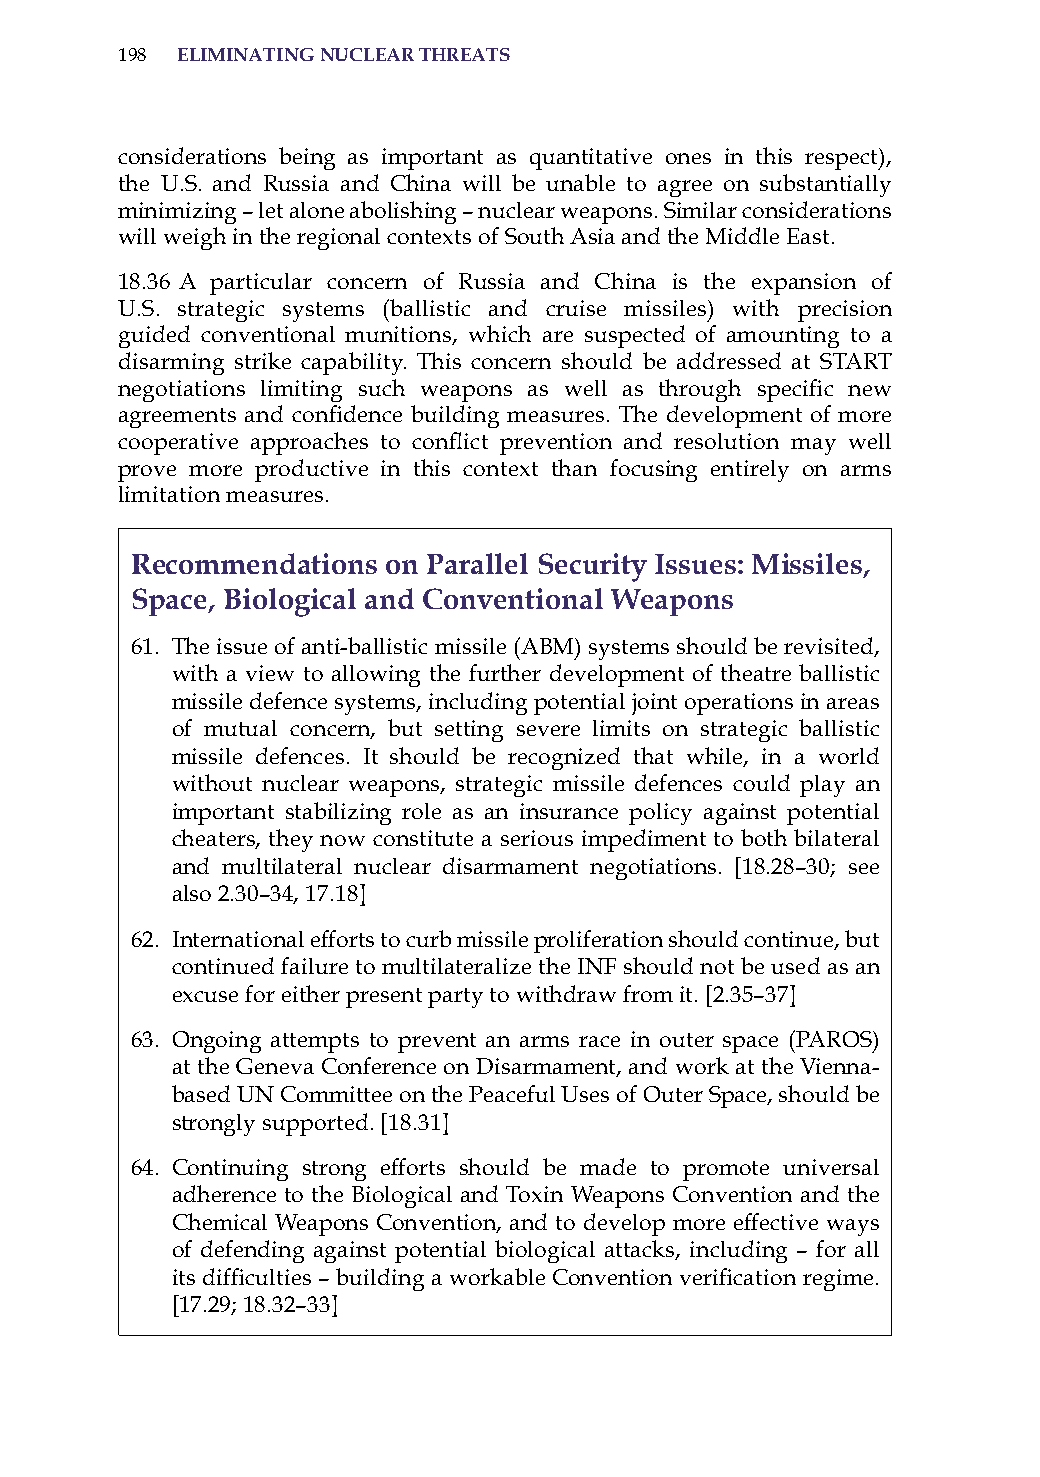
198 eliminatinG nuclear threats
 considerations being as important as quantitative ones in this respect),
 the U.s. and russia and China will be unable to agree on substantially
 minimizing – let alone abolishing – nuclear weapons. similar considerations
 will weigh in the regional contexts of south asia and the Middle East.
 18.36 a particular concern of russia and China is the expansion of
 U.s. strategic systems (ballistic and cruise missiles) with precision
 guided conventional munitions, which are suspected of amounting to a
 disarming strike capability. This concern should be addressed at sTarT
 negotiations limiting such weapons as well as through specific new
 agreements and confidence building measures. The development of more
 cooperative approaches to conflict prevention and resolution may well
 prove more productive in this context than focusing entirely on arms
 limitation measures.
 recommendations  on Parallel security issues: missiles,
 space, Biological and conventional weapons
 61. The issue of anti-ballistic missile (aBM) systems should be revisited,
 with a view to allowing the further development of theatre ballistic
 missile defence systems, including potential joint operations in areas
 of mutual concern, but setting severe limits on strategic ballistic
 missile defences. it should be recognized that while, in a world
 without nuclear weapons, strategic missile defences could play an
 important stabilizing role as an insurance policy against potential
 cheaters, they now constitute a serious impediment to both bilateral
 and multilateral nuclear disarmament negotiations. [18.28–30; see
 also 2.30–34, 17.18]
 62. international efforts to curb missile proliferation should continue, but
 continued failure to multilateralize the iNF should not be used as an
 excuse for either present party to withdraw from it. [2.35–37]
 63. ongoing attempts to prevent an arms race in outer space (Paros)
 at the Geneva Conference on Disarmament, and work at the Vienna-
 based UN Committee on the Peaceful Uses of outer space, should be
 strongly supported. [18.31]
 64. Continuing strong efforts should be made to promote universal
 adherence to the Biological and Toxin Weapons Convention and the
 Chemical Weapons Convention, and to develop more effective ways
 of defending against potential biological attacks, including – for all
 its difficulties – building a workable Convention verification regime.
 [17.29; 18.32–33]